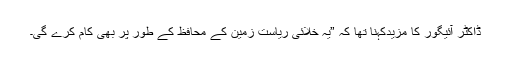
ڈاکٹر آئیگور کا مزیدکہنا تھا کہ ”یہ خلائی ریاست زمین کے محافظ کے طور پر بھی کام کرے گی۔